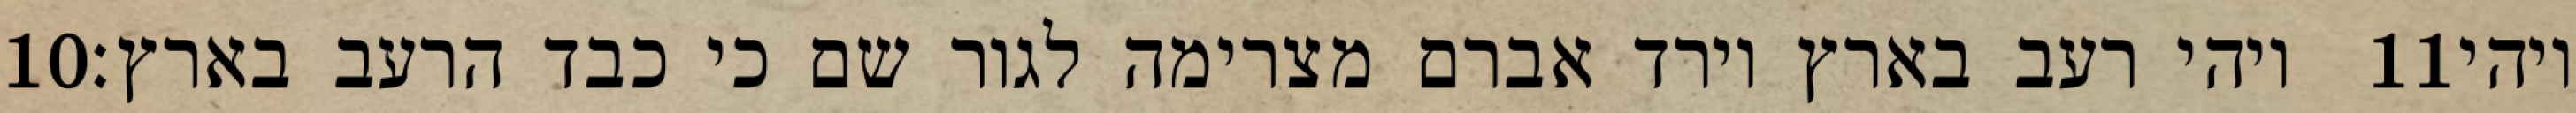
‎10‏ ויהי רעב בארץ וירד אברם מצרימה לגור שם כי כבד הרעב בארץ׃ ‎11‏ ויהי